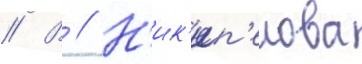
// В // Н'ик'ип'елова